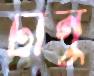
টানু